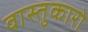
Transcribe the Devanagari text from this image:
वास्तुकारो